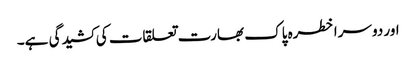
اور دوسرا خطرہ پاک بھارت تعلقات کی کشیدگی ہے۔